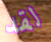
لقد